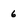
Character: 6